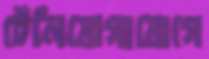
টেলিযোগাযোগে